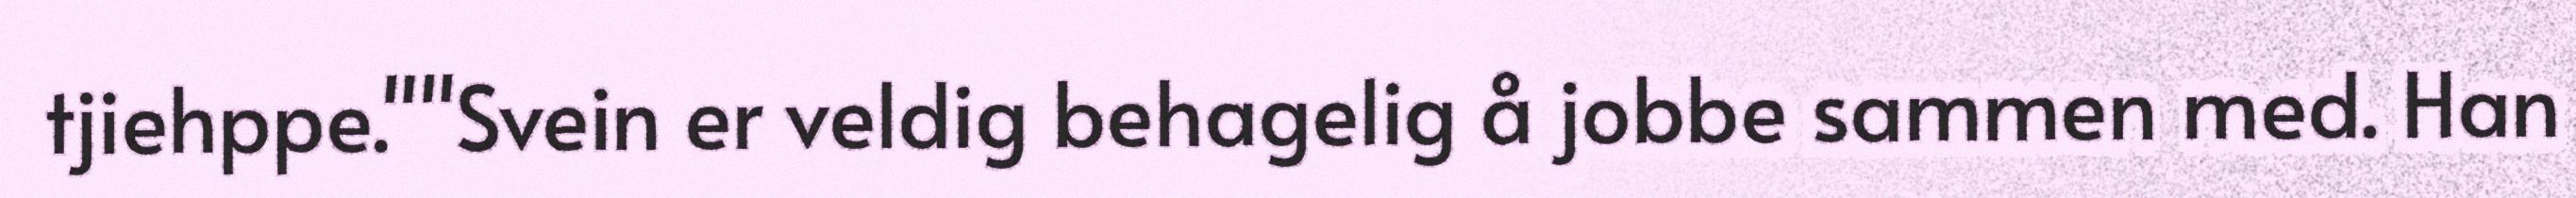
tjiehppe.""Svein er veldig behagelig å jobbe sammen med. Han